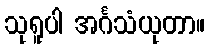
သုရူပါ အင်္ဂသံယုတာ။